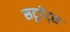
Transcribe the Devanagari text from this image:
सटूडेंट्स